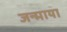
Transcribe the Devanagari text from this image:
जन्माया